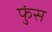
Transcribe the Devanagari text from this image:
फुंस